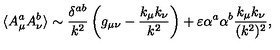
\langle A _ { \mu } ^ { a } A _ { \nu } ^ { b } \rangle \sim { \frac { \delta ^ { a b } } { k ^ { 2 } } } \left( g _ { \mu \nu } - { \frac { k _ { \mu } k _ { \nu } } { k ^ { 2 } } } \right) + \varepsilon \alpha ^ { a } \alpha ^ { b } { \frac { k _ { \mu } k _ { \nu } } { ( k ^ { 2 } ) ^ { 2 } } } ,